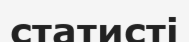
статисті